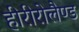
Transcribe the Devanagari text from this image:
हीरीरोलैण्ड